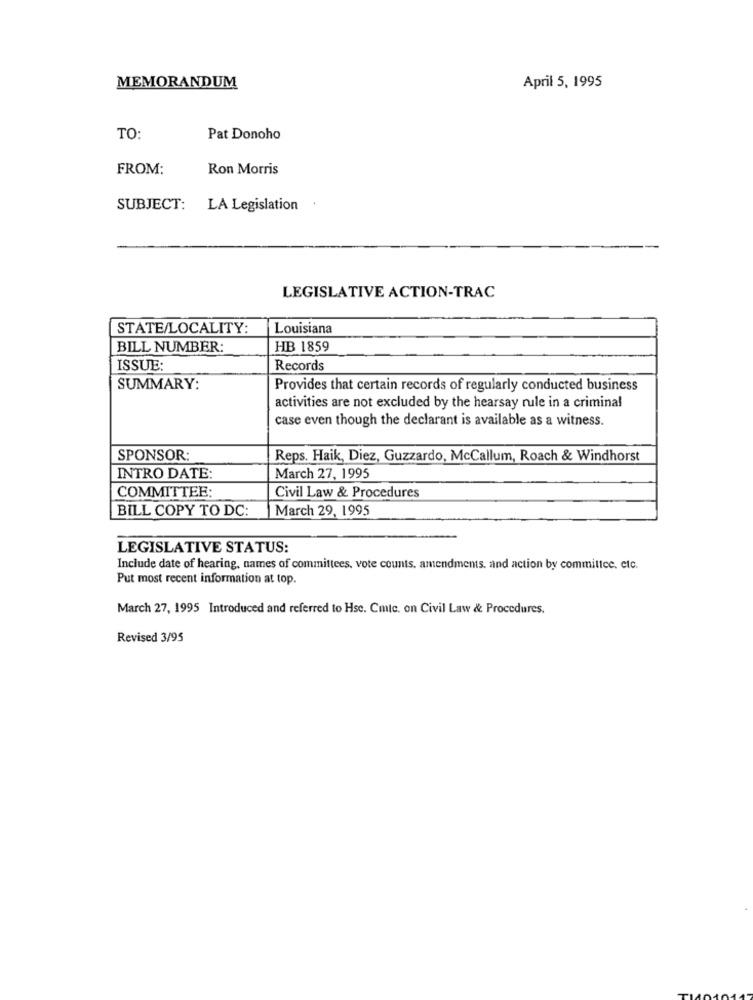
MEMORANDUM
April 5, 1995
TO:
Pat Donoho
FROM:
Ron Morris
SUBJECT: LA Legislation
LEGISLATIVE ACTION-TRAC
STATE/LOCALITY:
Louisiana
BILL NUMBER:
HB 1859
ISSUE:
Records
SUMMARY:
Provides that certain records of regularly conducted business
activities are not excluded by the hearsay rule in a criminal
case even though the declarant is available as a witness.
SPONSOR:
Reps. Haik, Diez, Guzzardo, McCallum, Roach & Windhorst
INTRO DATE:
March 27, 1995
COMMITTEE:
Civil Law & Procedures
BILL COPY TO DC:
March 29, 1995
LEGISLATIVE STATUS:
Include date of hearing, names of committees, vote counts. amendments, and action by committee, etc.
Put most recent information at top.
March 27, 1995 Introduced and referred to Hse. Cmtc. on Civil Law & Procedures.
Revised 3/95